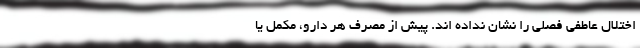
اختلال عاطفی فصلی را نشان نداده اند. پیش از مصرف هر دارو، مکمل یا